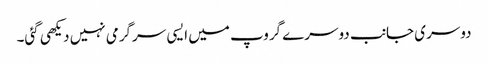
دوسری جانب دوسرے گروپ میں ایسی سرگرمی نہیں دیکھی گئی۔